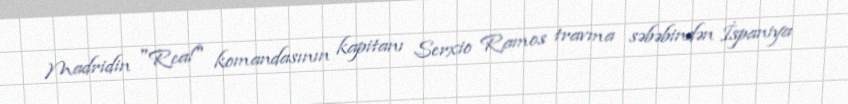
Madridin "Real" komandasının kapitanı Serxio Ramos travma səbəbindən İspaniya